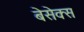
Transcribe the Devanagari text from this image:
बेसेक्स